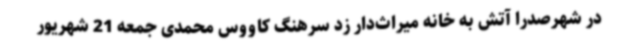
در شهرصدرا آتش به خانه میراث‌دار زد سرهنگ کاووس محمدی جمعه 21 شهریور